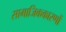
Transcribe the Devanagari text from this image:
सामाजिककारणों